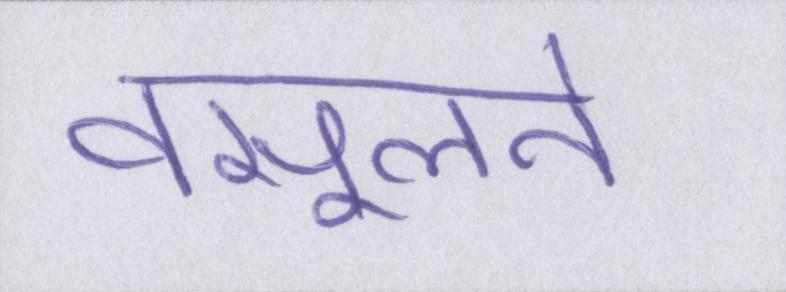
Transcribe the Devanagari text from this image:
वसूलने